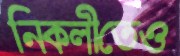
নিকলীতেও